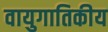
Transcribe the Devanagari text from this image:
वायुगातिकीय